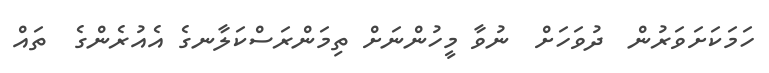
ހަމަކަށަވަރުން  ދުވަހަށް  ނުވާ މީހުންނަށް ތިމަންރަސްކަލާނގެ އެއުރެންގެ  ތައް